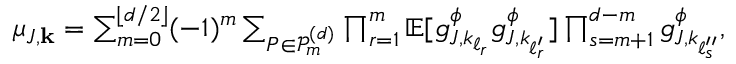
\begin{array} { r } { \mu _ { J , \mathbf { k } } = \sum _ { m = 0 } ^ { \lfloor d / 2 \rfloor } ( - 1 ) ^ { m } \sum _ { P \in \mathcal { P } _ { m } ^ { ( d ) } } \prod _ { r = 1 } ^ { m } \mathbb { E } [ g _ { J , k _ { \ell _ { r } } } ^ { \phi } g _ { J , k _ { \ell _ { r } ^ { \prime } } } ^ { \phi } ] \prod _ { s = m + 1 } ^ { d - m } g _ { J , k _ { \ell _ { s } ^ { \prime \prime } } } ^ { \phi } , } \end{array}